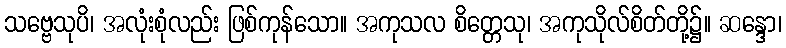
သဗ္ဗေသုပိ၊ အလုံးစုံလည်း ဖြစ်ကုန်သော။ အကုသလ စိတ္တေသု၊ အကုသိုလ်စိတ်တို့၌။ ဆန္ဒော၊